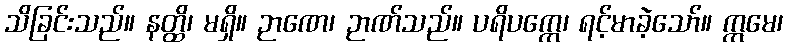
သိခြင်းသည်။ နတ္ထိ၊ မရှိ။ ဉာဏေ၊ ဉာဏ်သည်။ ပရိပက္ကေ၊ ရင့်မာခဲ့သော်။ ဣမေ၊